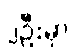
၂ဦးမှာ